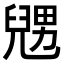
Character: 𠒰